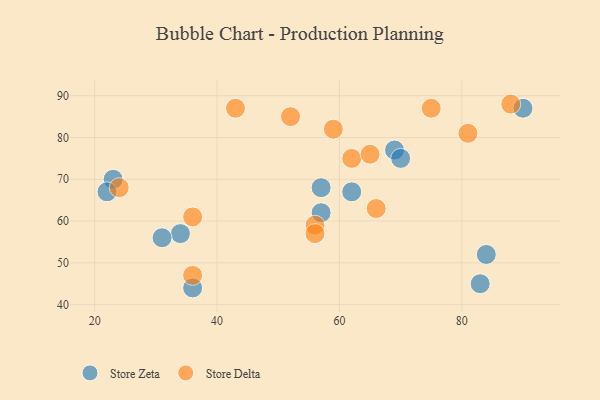
{"axis": {"x": "GDP", "y": "Life Expectancy"}, "legend": ["Store Delta", "Store Zeta"], "data": [{"x": "84", "y": 52, "type": "Store Zeta"}, {"x": "90", "y": 87, "type": "Store Zeta"}, {"x": "34", "y": 57, "type": "Store Zeta"}, {"x": "62", "y": 67, "type": "Store Zeta"}, {"x": "23", "y": 70, "type": "Store Zeta"}, {"x": "31", "y": 56, "type": "Store Zeta"}, {"x": "57", "y": 68, "type": "Store Zeta"}, {"x": "36", "y": 44, "type": "Store Zeta"}, {"x": "57", "y": 62, "type": "Store Zeta"}, {"x": "22", "y": 67, "type": "Store Zeta"}, {"x": "83", "y": 45, "type": "Store Zeta"}, {"x": "69", "y": 77, "type": "Store Zeta"}, {"x": "70", "y": 75, "type": "Store Zeta"}, {"x": "52", "y": 85, "type": "Store Delta"}, {"x": "59", "y": 82, "type": "Store Delta"}, {"x": "75", "y": 87, "type": "Store Delta"}, {"x": "81", "y": 81, "type": "Store Delta"}, {"x": "62", "y": 75, "type": "Store Delta"}, {"x": "66", "y": 63, "type": "Store Delta"}, {"x": "56", "y": 59, "type": "Store Delta"}, {"x": "88", "y": 88, "type": "Store Delta"}, {"x": "36", "y": 61, "type": "Store Delta"}, {"x": "36", "y": 47, "type": "Store Delta"}, {"x": "24", "y": 68, "type": "Store Delta"}, {"x": "56", "y": 57, "type": "Store Delta"}, {"x": "43", "y": 87, "type": "Store Delta"}, {"x": "65", "y": 76, "type": "Store Delta"}]}